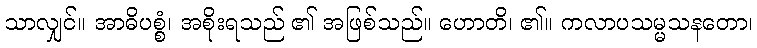
သာလျှင်။ အာဓိပစ္စံ၊ အစိုးရသည် ၏ အဖြစ်သည်။ ဟောတိ၊ ၏။ ကလာပသမ္မသနတော၊